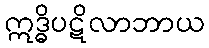
ဣဒ္ဓိပဋိလာဘာယ